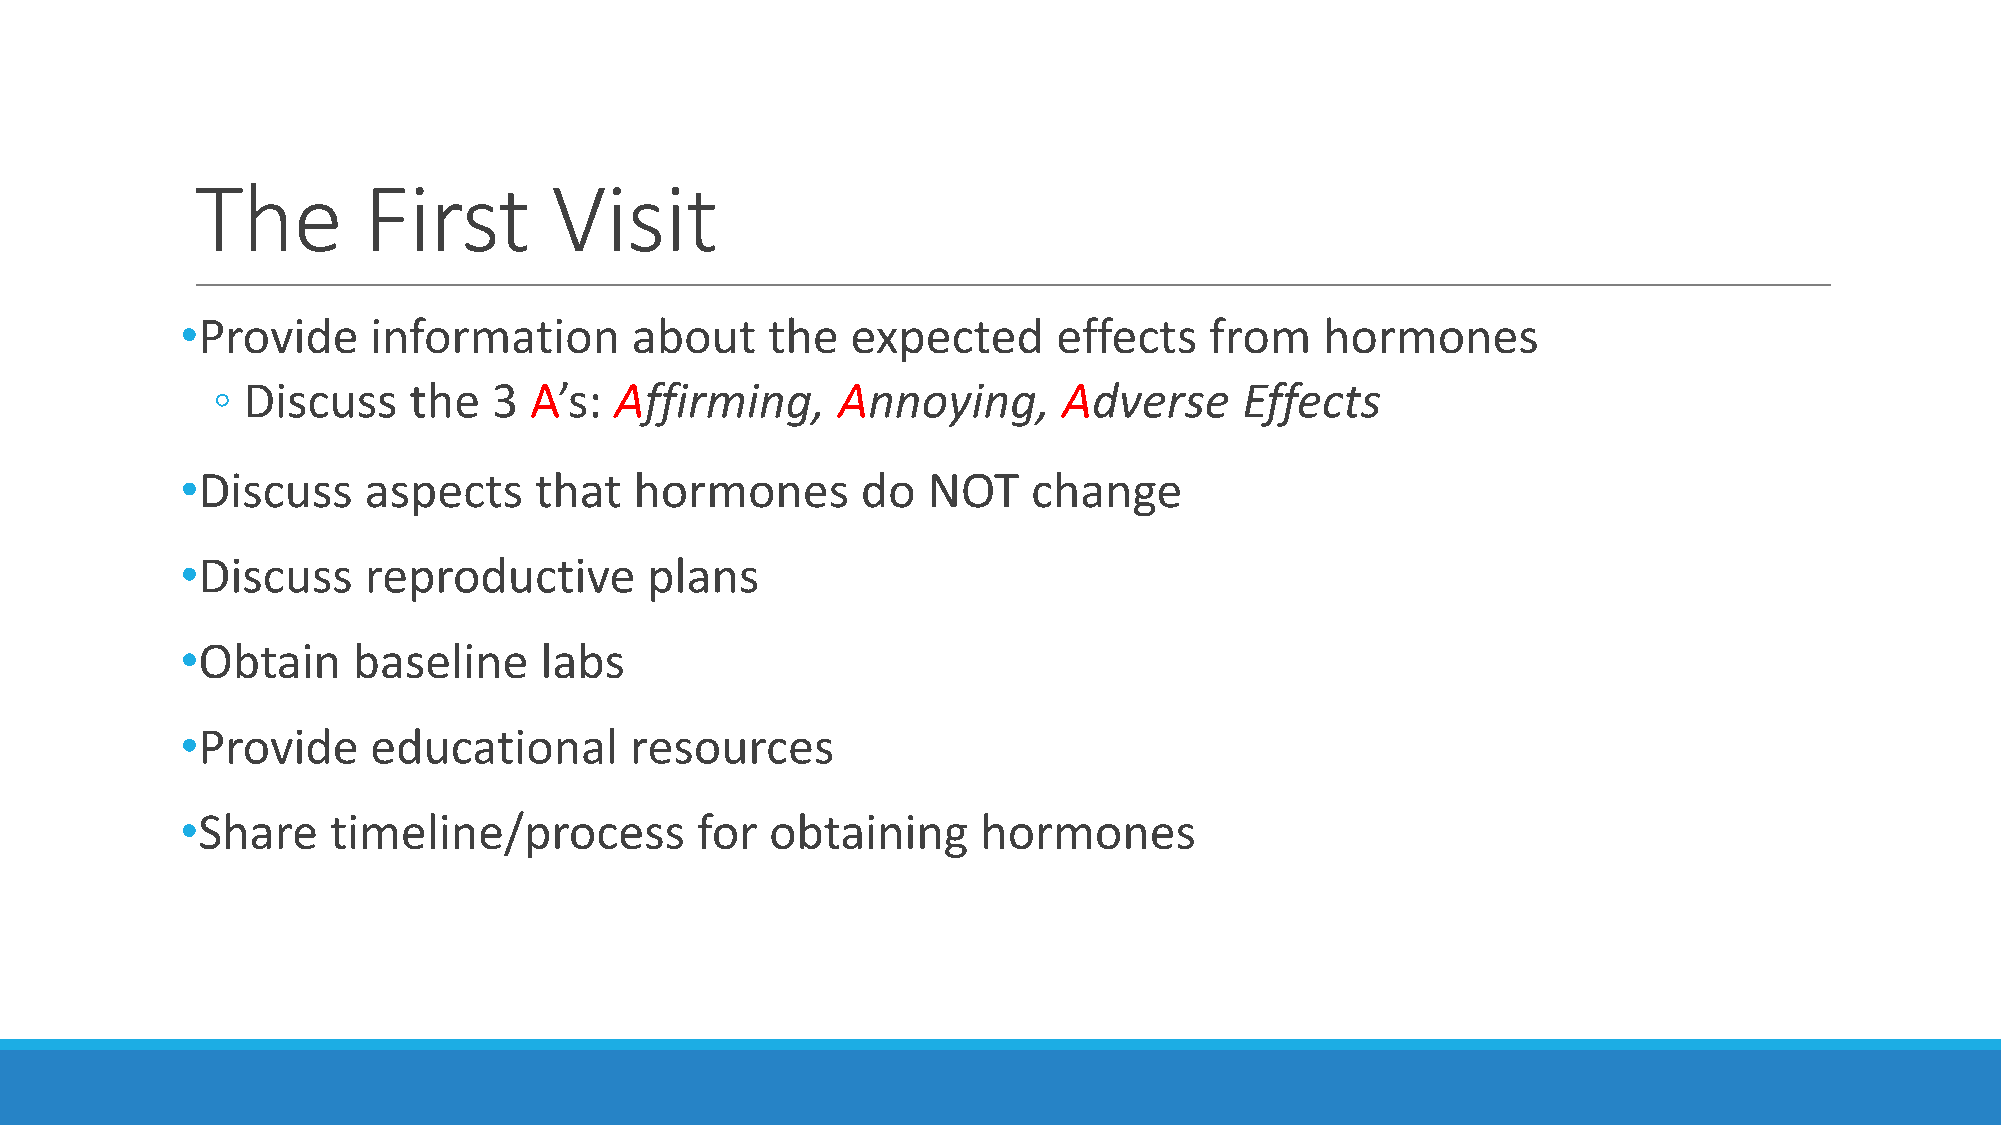
The        First       Visit
 •Provide     information      about    the  expected      effects   from    hormones
 ◦ Discuss    the   3 A’s:  Affirming,    Annoying,      Adverse     Effects
 •Discuss    aspects    that   hormones       do  NOT    change
 •Discuss    reproductive       plans
 •Obtain    baseline     labs
 •Provide     educational      resources
 •Share    timeline/process        for  obtaining     hormones